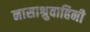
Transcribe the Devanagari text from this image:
नासाश्रुवाहिनी